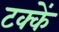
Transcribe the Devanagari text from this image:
टक्कें